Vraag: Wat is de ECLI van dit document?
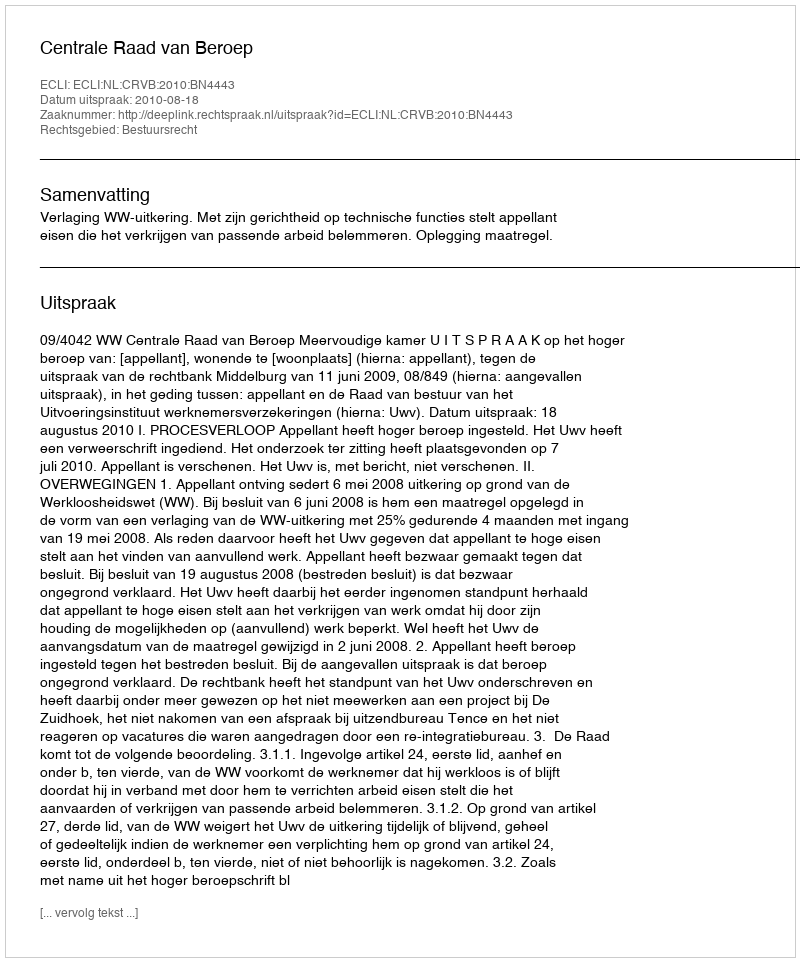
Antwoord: ECLI:NL:CRVB:2010:BN4443